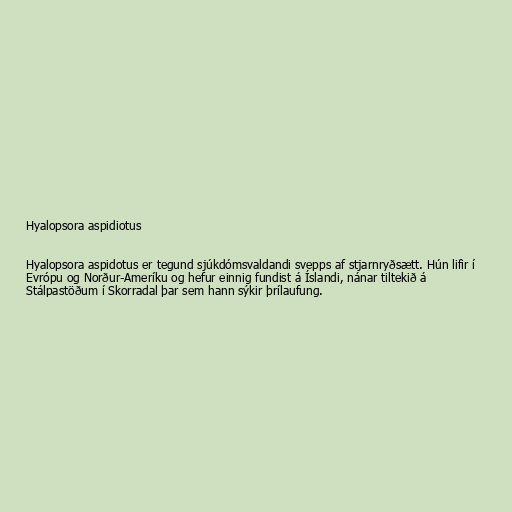
Hyalopsora aspidiotus

Hyalopsora aspidotus er tegund sjúkdómsvaldandi svepps af stjarnryðsætt. Hún lifir í
Evrópu og Norður-Ameríku og hefur einnig fundist á Íslandi, nánar tiltekið á
Stálpastöðum í Skorradal þar sem hann sýkir þrílaufung.